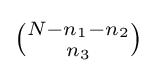
{\tbinom {N-n_{1}-n_{2}}{n_{3}}}